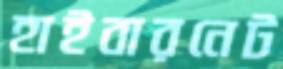
হাইবারনেট